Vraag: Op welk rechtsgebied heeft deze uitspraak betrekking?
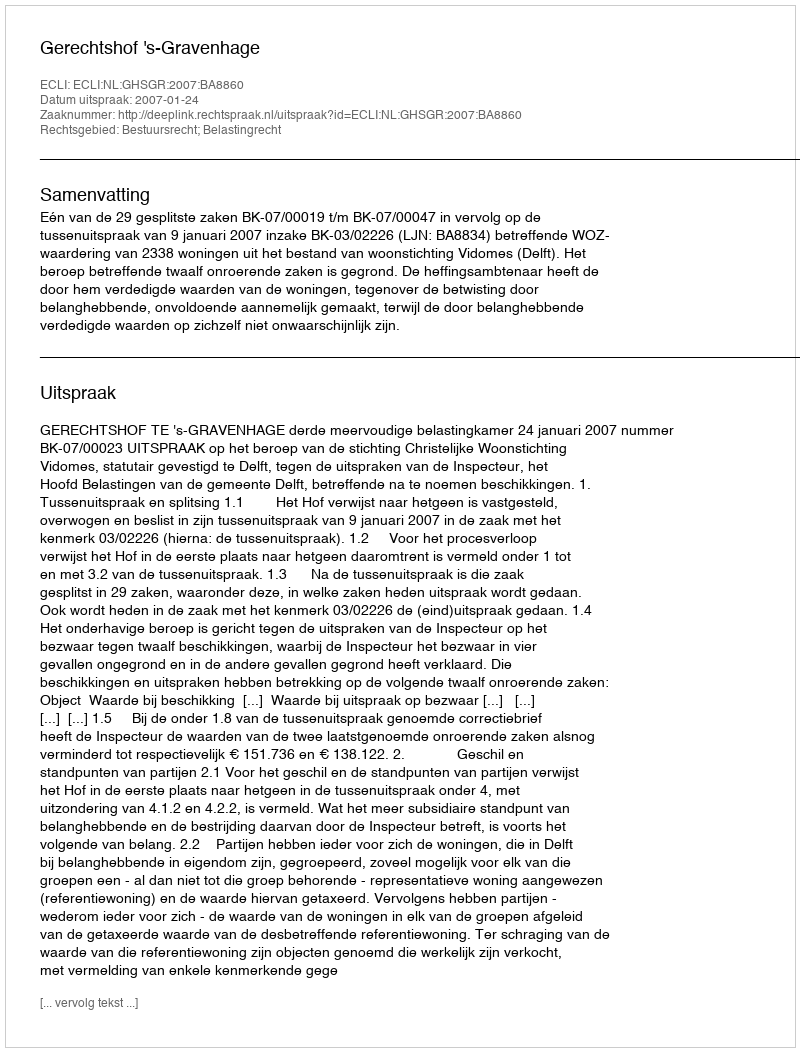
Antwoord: Bestuursrecht; Belastingrecht